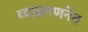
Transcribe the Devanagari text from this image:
व्याघ्रगणनेत